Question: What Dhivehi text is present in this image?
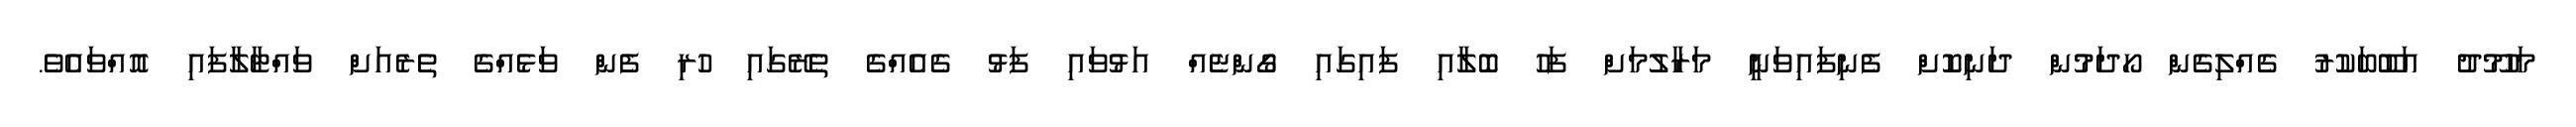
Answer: މަހުމޫދު އަބޫބަކުރު ގެއްލިގެން ހޯދަމުން ދަނިކޮށް ފެނިފައިވަނީ މަރާލުމަށް ފަހު ބޮލާއި ފައިގައި ގޯންޏެއް އަޅުވައި ފަޅު ގެއެއްގެ ތެރޭގައި ހުރި ފެން ވަޅެއްގެ ތެރެއަށް ވައްޓާލާފައި އޮއްވައެވެ.